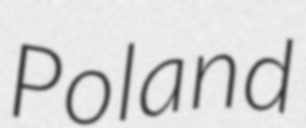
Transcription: Poland